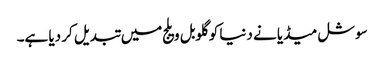
سوشل میڈیا نے دنیا کو گلوبل ویلج میں تبدیل کر دیا ہے۔